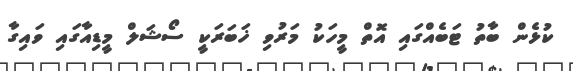
ކުޅެން ބާތު ޓަބެއްގައި އޮތް މީހަކު މަރުވި ޚަބަރަކީ ސޯޝަލް މީޑިއާގައި ވައިގާ